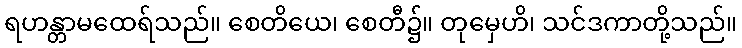
ရဟန္တာမထေရ်သည်။ စေတိယေ၊ စေတီ၌။ တုမှေဟိ၊ သင်ဒကာတို့သည်။